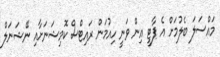
މައްސަލަ ބެލުމަށް އެ ޕާޓީ އިން ވަނީ ހިއުމަން ރައިޓްސް ކޮމިޝަނަށާއި ނޭޝަނަލް